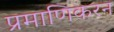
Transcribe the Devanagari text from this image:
प्रमाणिकरन